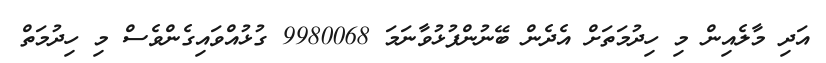
އަދި މާލެއިން މި ހިދުމަތަށް އެދެން ބޭނުންފުޅުވާނަމަ 9980068 ގުޅުއްވައިގެންވެސް މި ހިދުމަތް